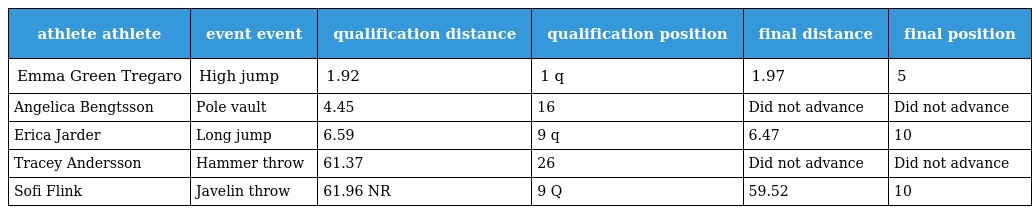
| athlete athlete | event event | qualification distance | qualification position | final distance | final position |
 | --- | --- | --- | --- | --- | --- |
 | Emma Green Tregaro | High jump | 1.92 | 1 q | 1.97 | 5 |
 | Angelica Bengtsson | Pole vault | 4.45 | 16 | Did not advance | Did not advance |
 | Erica Jarder | Long jump | 6.59 | 9 q | 6.47 | 10 |
 | Tracey Andersson | Hammer throw | 61.37 | 26 | Did not advance | Did not advance |
 | Sofi Flink | Javelin throw | 61.96 NR | 9 Q | 59.52 | 10 |